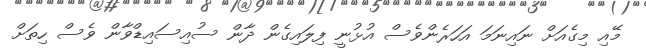
މޭއި މިގެއަށް ނައިނަމަ އަހަރެންވެސް އުޅުނީ ފިލައިގެން ދާން ސުއިސައިޑްވާން ވެސް ހިތަށް